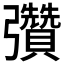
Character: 𢑊